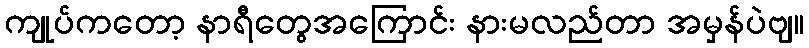
ကျုပ်ကတော့ နာရီတွေအကြောင်း နားမလည်တာ အမှန်ပဲဗျ။